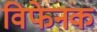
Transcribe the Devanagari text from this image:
विफेनक